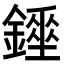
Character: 𨭇